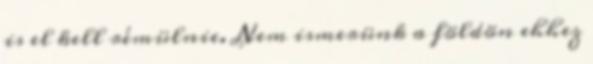
is el kell rémülnie. Nem ismerünk a földön ehhez